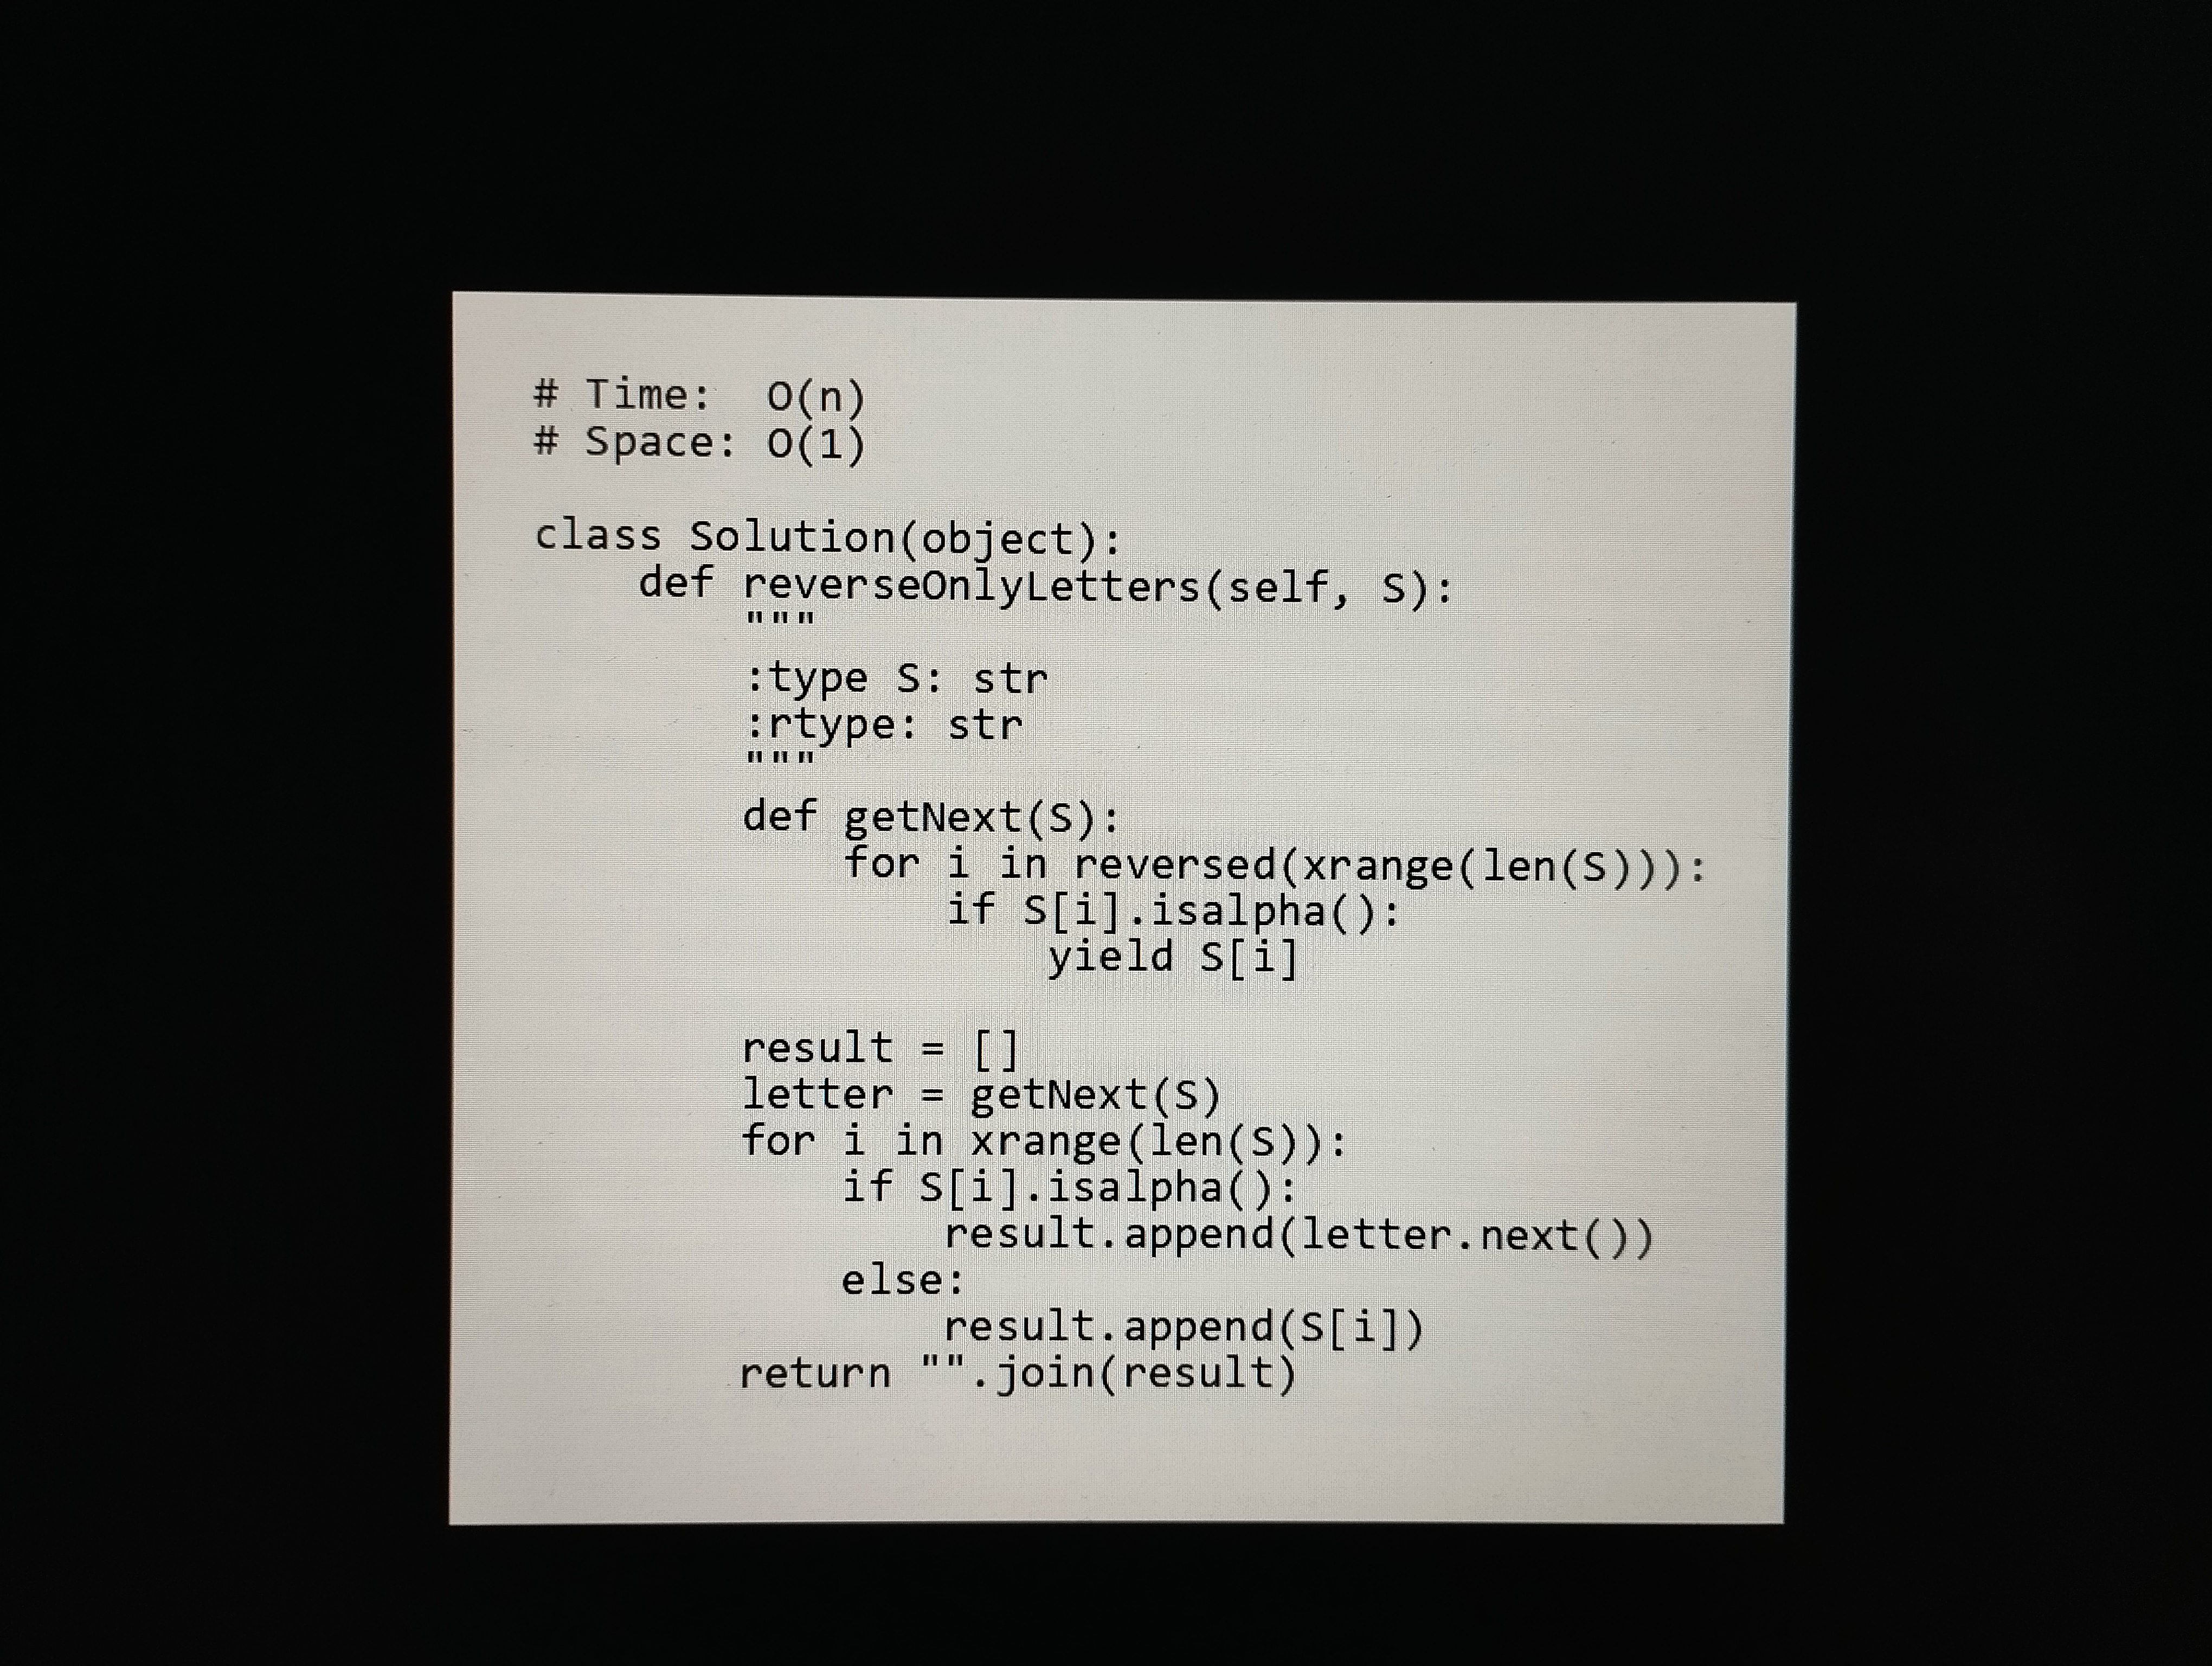
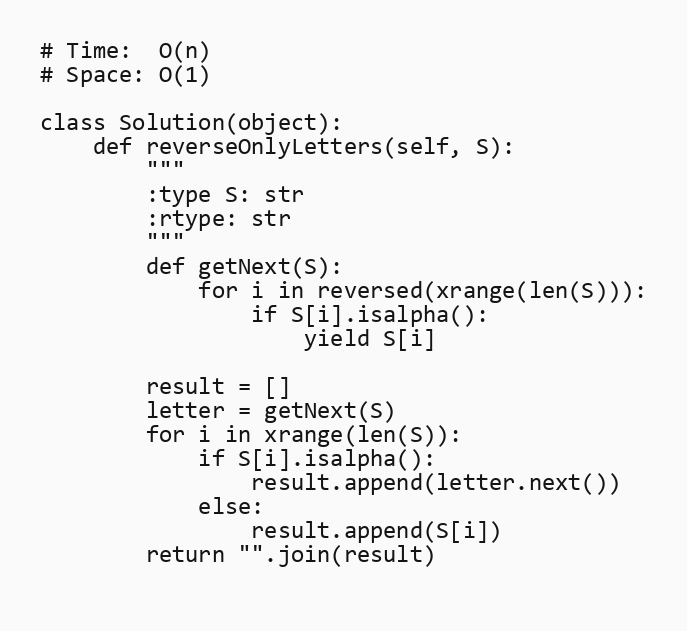
# Time:  O(n)
# Space: O(1)

class Solution(object):
    def reverseOnlyLetters(self, S):
        """
        :type S: str
        :rtype: str
        """
        def getNext(S):
            for i in reversed(xrange(len(S))):
                if S[i].isalpha():
                    yield S[i]

        result = []
        letter = getNext(S)
        for i in xrange(len(S)):
            if S[i].isalpha():
                result.append(letter.next())
            else:
                result.append(S[i])
        return "".join(result)